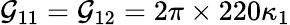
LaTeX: \mathcal{G}_{11}=\mathcal{G}_{12}=2\pi\times220\kappa_{1}